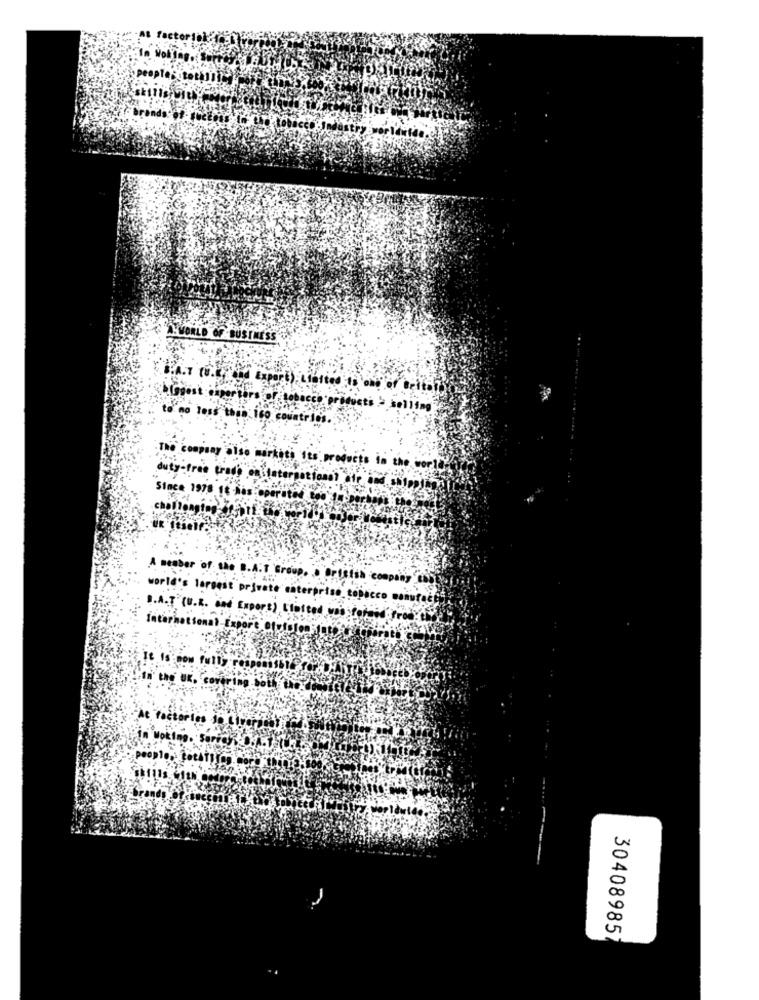
Wol'in
Brands of Soccer In Un tobacco Jedestry wort
-WORLD OF BUSINESS
Iggest capertors of tobacco products > selling
to no less than it0 countries.
The company also marketi its products in t
duty-free trade en international
Since 1978 18 Nas oper
challenging fabrE.
A meaber of the B.A.T Group. . British company Co
world's largest private enterprise tobacco manufact
B.A.T"(U.K. dad Export) [lofted was formed' prod the
It Is now fully responsible for
"the UK, covering SOLL No.
people ..
30408985